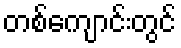
တစ်ကျောင်းတွင်